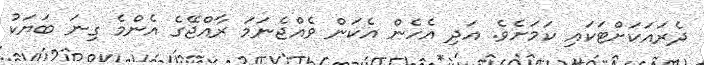
ދެރައަކަށްޓަކައި ކަމަށެވެ. އަދި އެހެން އެކަން ވެއްޖެނަމަ ރާއްޖޭގެ އެންމެ ގިނަ ބަޔަކު